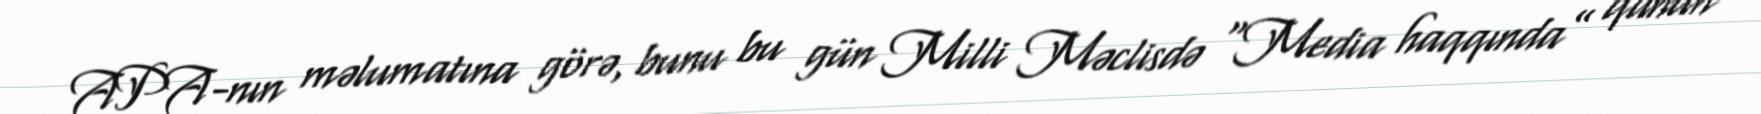
APA-nın məlumatına görə, bunu bu gün Milli Məclisdə “Media haqqında” qanun